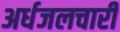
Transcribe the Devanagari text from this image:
अर्धजलचारी